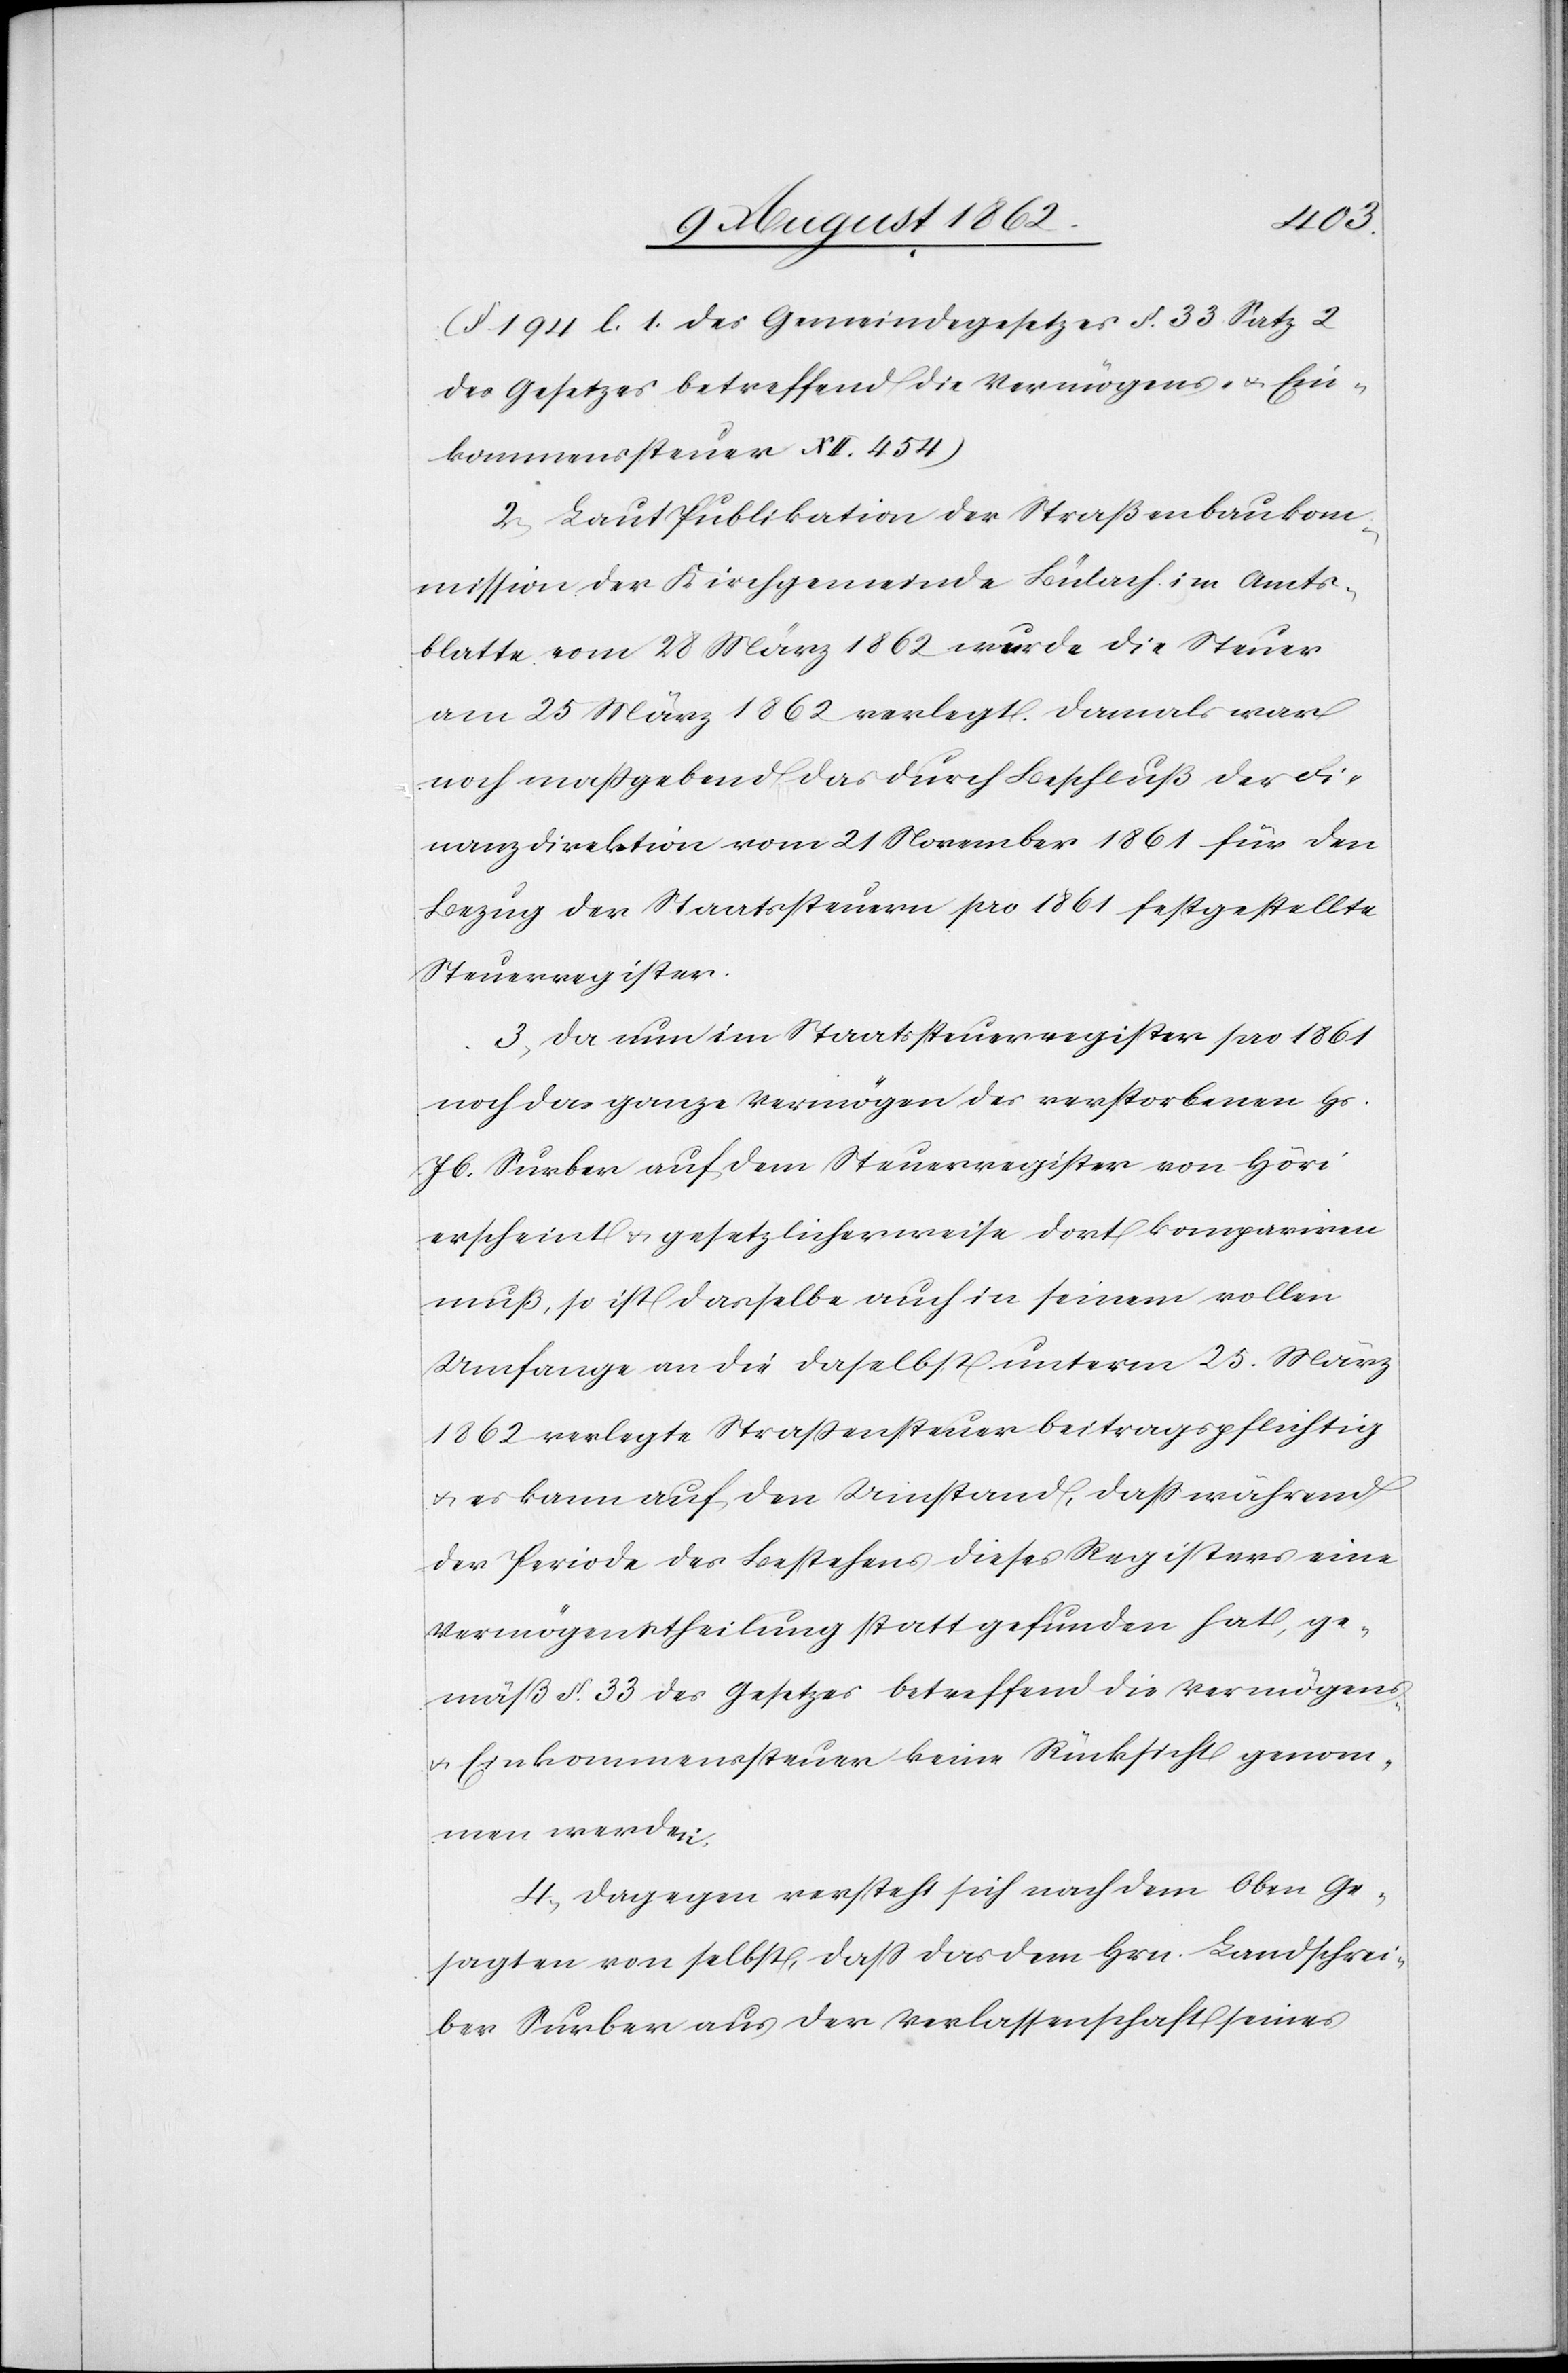
(§. 194 l. 1 des Gemeindegesetzes §. 33 Satz 2
des Gesetzes betreffend die Vermögens- u. Ein¬
kommenssteuer XII. 454)
2. Laut Publikation der Straßenbaukom¬
mission der Kirchgemeinde Bülach im Amts¬
blatte vom 28. März 1862 wurde die Steuer
am 25. März 1862 verlegt. Damals war
noch maßgebend das durch Beschluß der Fi¬
nanzdirektion vom 21. November 1861 für den
Bezug der Staatssteuern pro 1861 festgestellte
Steuerregister.
3. Da nun im Staatssteuerregister pro 1861
noch das ganze Vermögen des verstorbenen Hs.
Jb. Surber auf dem Steuerregister von Höri
erscheint u. gesetzlicherweise dort kompariren
muß, so ist dasselbe auch in seinem vollen
Umfange an die daselbst unterm 25. März
1862 verlegte Straßensteuer beitragspflichtig
u. es kann auf den Umstand, daß während
der Periode des Bestehens dieses Registers eine
Vermögenstheilung statt gefunden hat, ge¬
mäß §. 33 des Gesetzes betreffend die Vermögens-
u. Einkommenssteuer keine Rücksicht genom¬
men werden.
4. Dagegen versteht sich nach dem Oben ge¬
sagten von selbst, daß das dem Hrn. Landschrei¬
ber Surber aus der Verlassenschaft seines